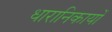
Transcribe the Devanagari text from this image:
धारानिकायों